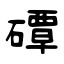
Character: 磹